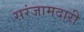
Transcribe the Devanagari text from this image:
सरंजामदारी